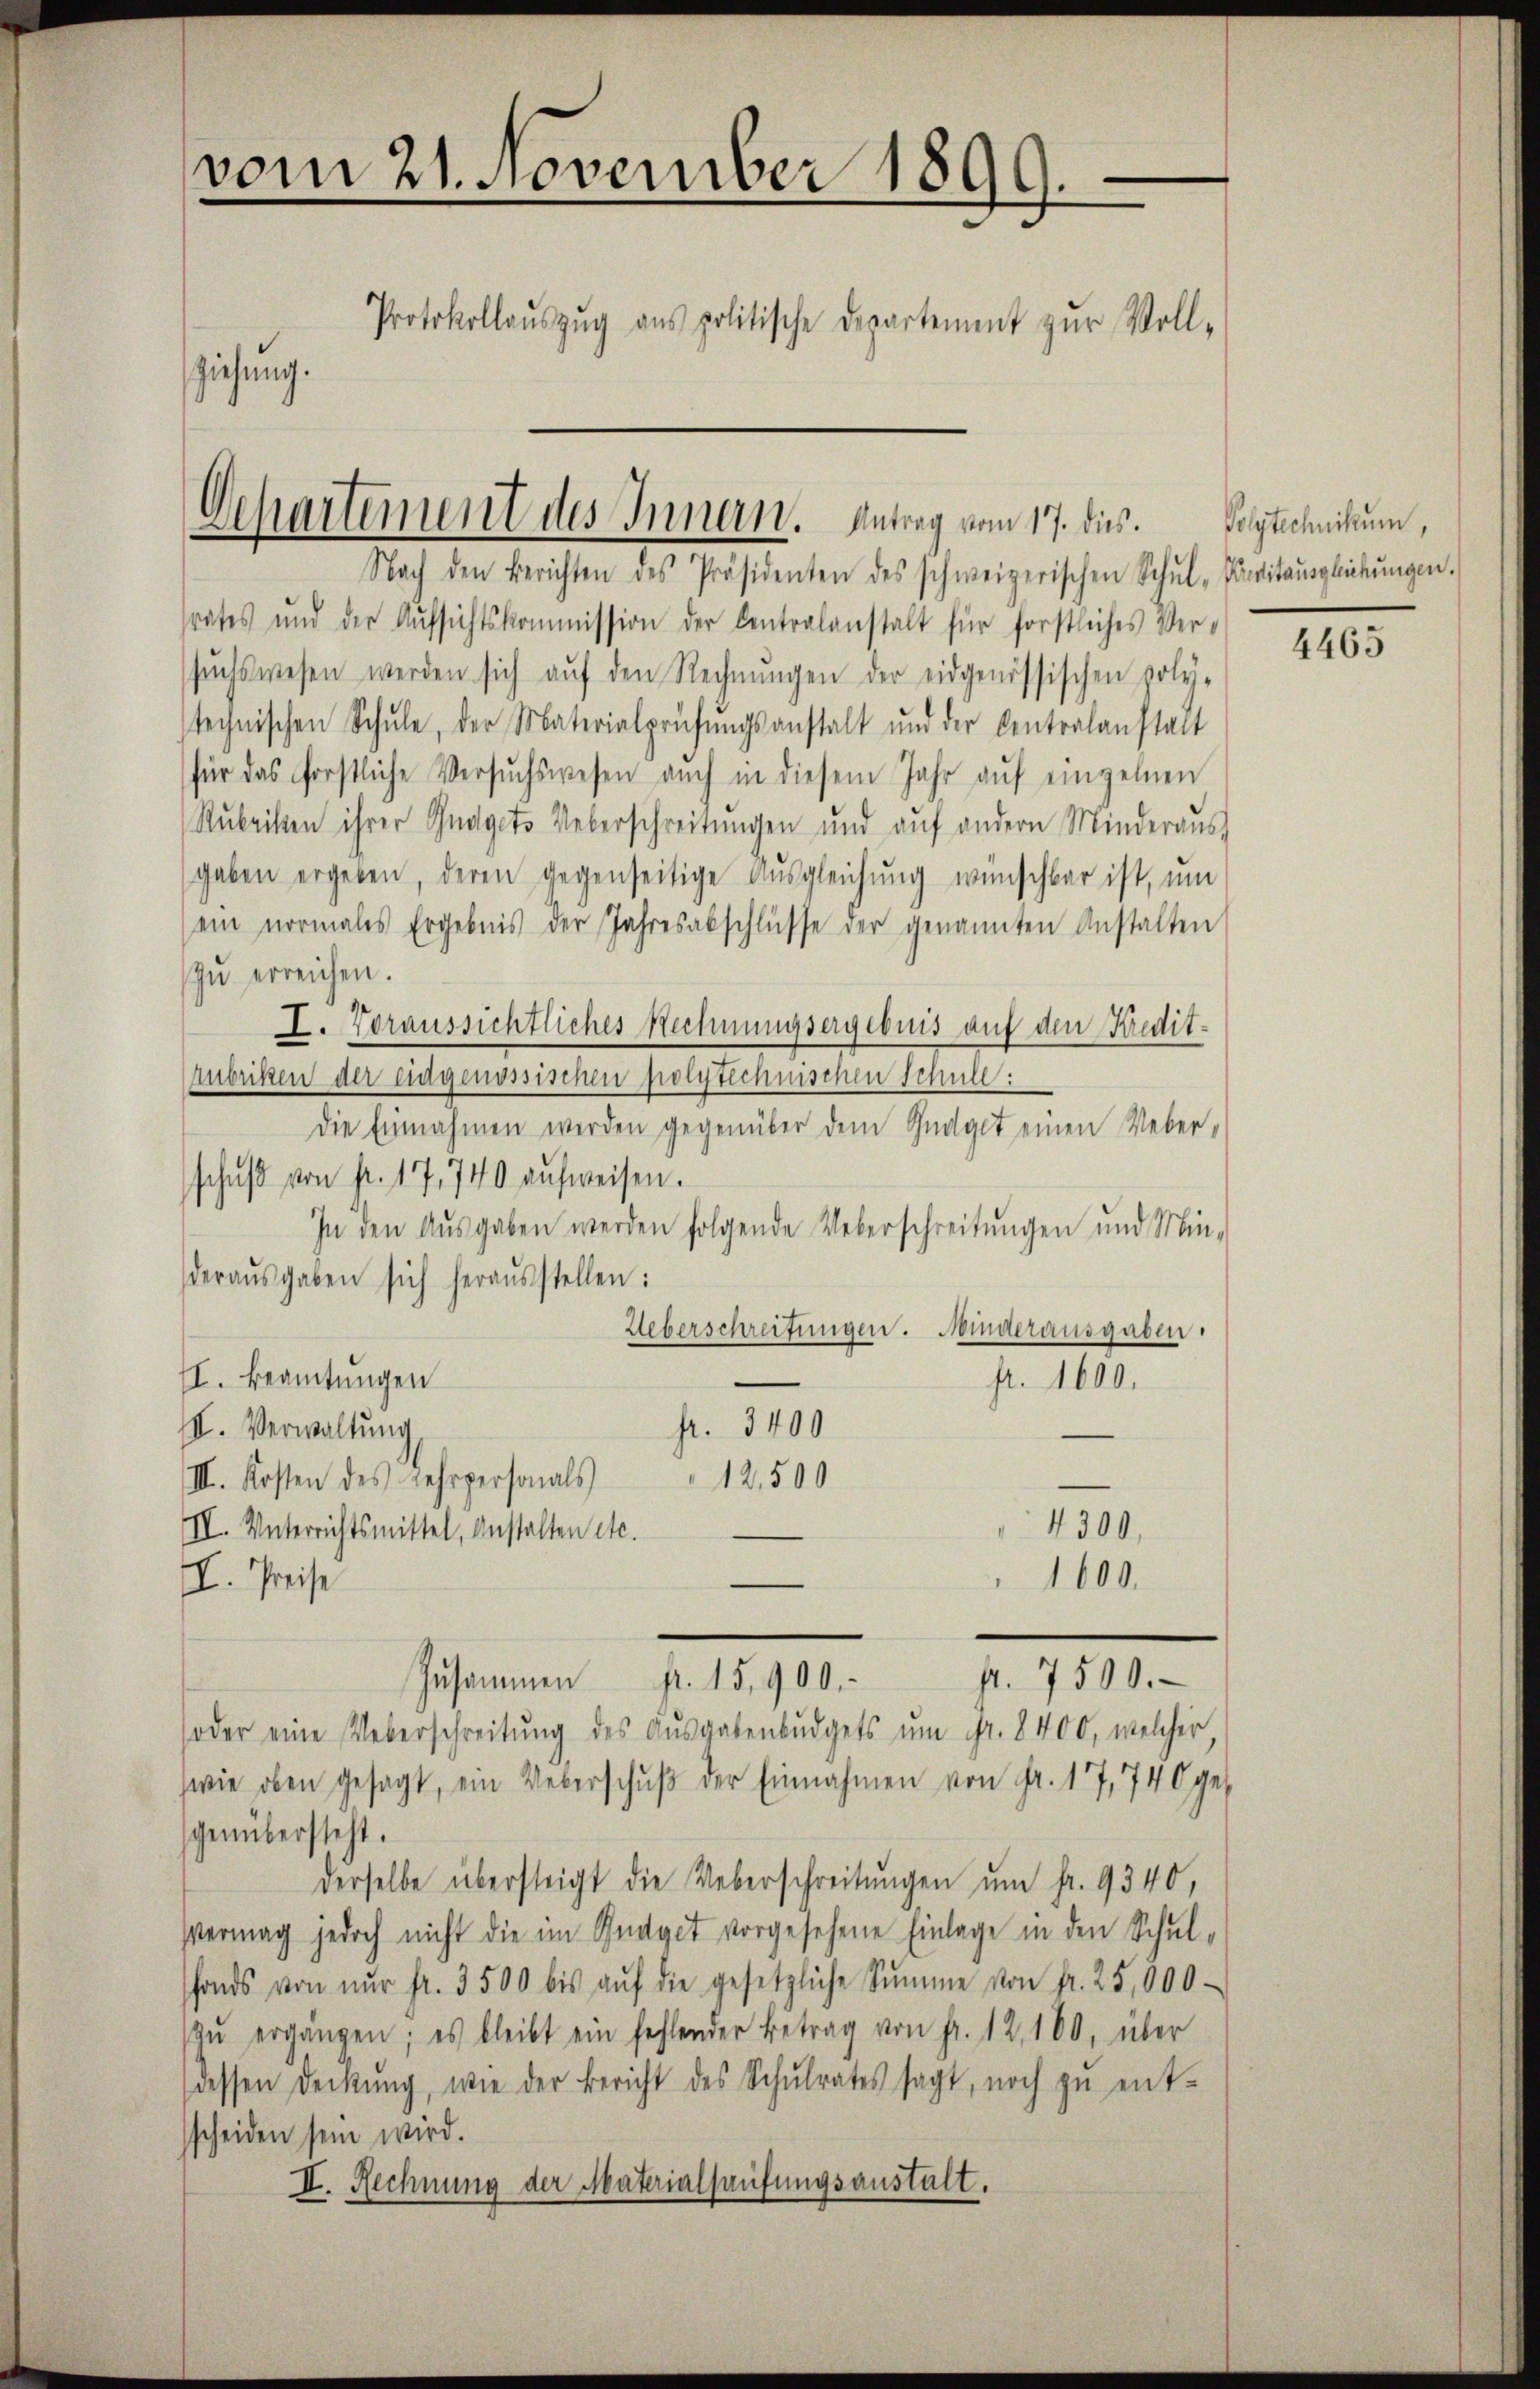
vom 21. November 1899.
Protokollaŭszŭg ans politische Departement zŭr Voll-
ziehung.

Dchartement des Innern. Antrag vom 17. dies. Polytechnikum,

Nach den Berichten des Präsidenten des schweizerischen Schŭl-Peritaŭsgleichŭngen.
srates und der Aŭfsichtskommission der Centralanstalt für forstliches Ver-
sŭchswesen werden sich aŭf den Rechnŭngen der eidgenössischen poly-
technischen Schŭle, der Materialprühŭngsanstalt und der Centralanstalt
für das frostliche Versŭchswesen aŭch in diesem Jahr aŭf einzelnen
Rubriken ihrer Gnagets Ueberschreitungen und auf andern Minderaus,
gaben ergeben, deren gegenseitige Ausgleichung wünschbar ist, um
ein normales Ergebnis der Jahresabschlüsse der genannten Anstalten
zŭ erreichen.
I. Voraussichtliches Rechnungsergebnis auf den Kredit.
Mubriken der eidgenössischen polytechnischen Schule:
die Einnahmen werden gegenüber dem Gudget einen Ueberschŭβ von fr. 17, 740 aufweisen.
In den Aŭsgaben werden folgende Ueberschreitŭngen und Min-
deraŭsgaben sich heraŭsstellen:
Ueberschreifungen. Minderausgaben.
II. Beamtungen
fr. 1600.
fr. 3400
II. Verwaltung,
12,500
III. Kosten des Lehrpersonals
4300.
II. Unterrichtsmittel, anstalten etc.
1600.
E. Preise
fr. 7500.
Zusammen pr. 15,900.
soder eine Ueberschreitŭng des Ausgabenbŭdgets um Fr. 8400, welcher
wie oben gesagt, ein Ueberschŭβ der Einnahmen von Fr. 17, 740 ges
genübersteht.
derselbe übersteigt die Ueberschreitungen ŭm fr. 9340,
Vermag jedoch nicht die im Budget vorgesehene Einlage in den Schulfonds von nŭr fr. 3500 bis aŭf die gesetzliche Sŭmme von Fr. 25,000
zŭ ergängen; es bleibt ein fehlender Betrag von Fr. 12, 100, über
dessen Deckŭng, wie der Bericht des Schŭlrates sagt, noch zŭ ent-
scheiden sein wird.
II. Rechnung der Materialhaufungsanstalt.

4465